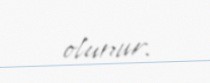
olunur.